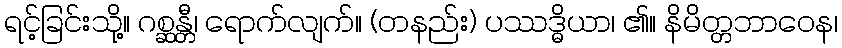
ရင့်ခြင်းသို့။ ဂစ္ဆန္တီ၊ ရောက်လျက်။ (တနည်း) ပဿဒ္ဓိယာ၊ ၏။ နိမိတ္တဘာဝေန၊